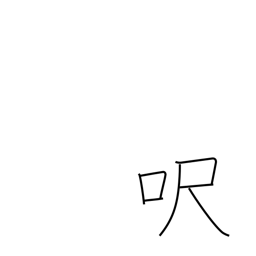
Meaning: foot